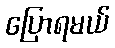
ပြောရမယ်